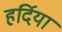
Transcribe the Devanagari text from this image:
हर्दिया